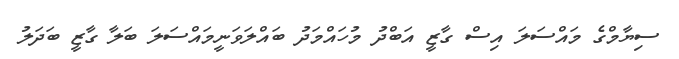
ސިޔާމްގެ މައްސަލަ އިސް ގާޒީ އަބްދު މުހައްމަދު ބައްލަވަނީމައްސަލަ ބަލާ ގާޒީ ބަދަލު